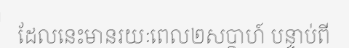
ដែលនេះមានរយៈពេល២សប្តាហ៍ បន្ទាប់ពី